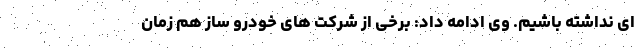
ای نداشته باشیم. وی ادامه داد: برخی از شرکت های خودرو ساز هم زمان